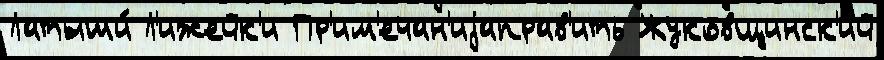
Латыши́ Л'ижейк'и Пр'им'ечан'иjаправ'ить Жуковщинск'ий